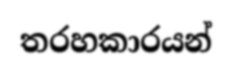
තරහකාරයන්